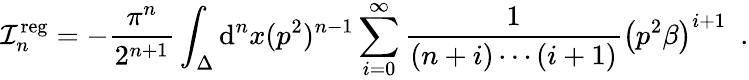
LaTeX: {\cal I}_{n}^{\mathrm{reg}}=-{\frac{\pi^{n}}{2^{n+1}}}\int_{\Delta}\mathrm{d}^{n}x(p^{2})^{n-1}\sum_{i=0}^{\infty}{\frac{1}{(n+i)\cdots(i+1)}}\left({p^{2}\beta}\right)^{i+1}\ \ .